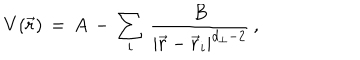
V ( { \vec { r } } ) \, = \, A \, - \, \sum _ { i } \, { \frac { B } { | { \vec { r } } - { \vec { r } } _ { i } | ^ { d _ { \perp } - 2 } } } \, ,